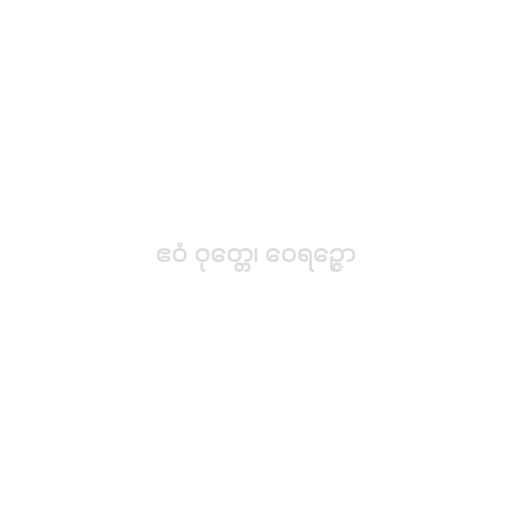
ဧဝံ ဝုတ္တေ၊ ဝေရဉ္ဇော